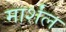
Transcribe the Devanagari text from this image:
मार्शंल